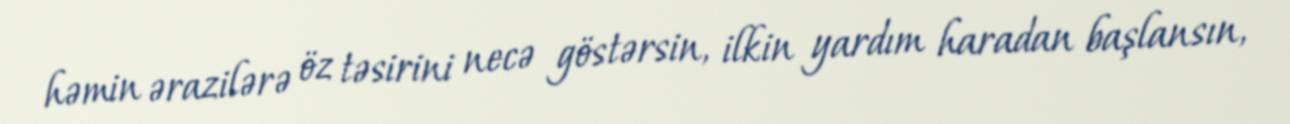
həmin ərazilərə öz təsirini necə göstərsin, ilkin yardım haradan başlansın,